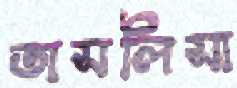
তাসলিসা